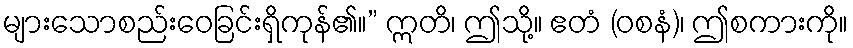
များသောစည်းဝေခြင်းရှိကုန်၏။” ဣတိ၊ ဤသို့။ ဧတံ (ဝစနံ)၊ ဤစကားကို။